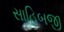
સાહિબજી